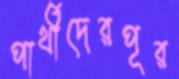
পার্থীদেরপূর